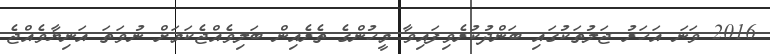
2016 ވަނަ އަހަރު ޖަލުތަކުގައި ބަންދުކުރެވިފައިވާ މީހުންގެ ތެރެއިން ބަލިވެއްޖެކަމަށް ނުވަތަ އަނިޔާވެއްޖެ